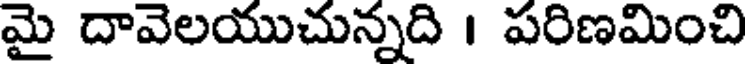
మై దావెలయుచున్నది । పరిణమించి